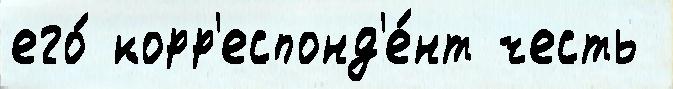
его́ корр'еспонд'е́нт честь